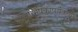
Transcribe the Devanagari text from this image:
राज्याभिषेकापर्यंतच्या